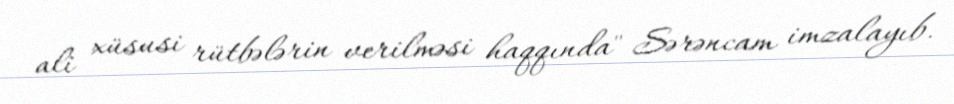
ali xüsusi rütbələrin verilməsi haqqında" Sərəncam imzalayıb.